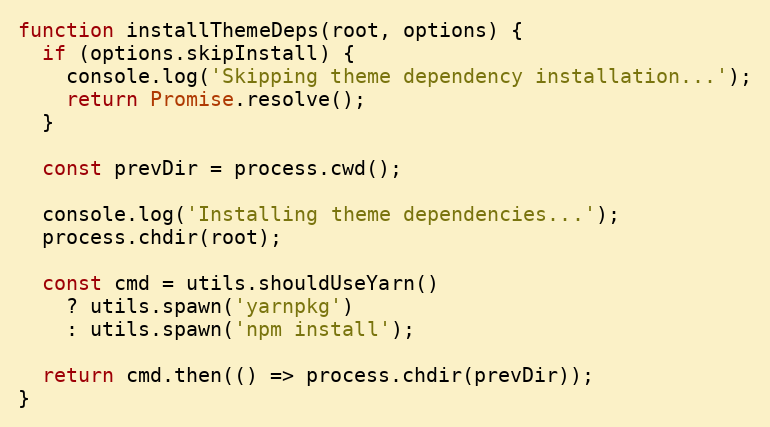
Language: JavaScript
function installThemeDeps(root, options) {
  if (options.skipInstall) {
    console.log('Skipping theme dependency installation...');
    return Promise.resolve();
  }

  const prevDir = process.cwd();

  console.log('Installing theme dependencies...');
  process.chdir(root);

  const cmd = utils.shouldUseYarn()
    ? utils.spawn('yarnpkg')
    : utils.spawn('npm install');

  return cmd.then(() => process.chdir(prevDir));
}